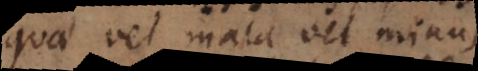
quae vel mala vel minus